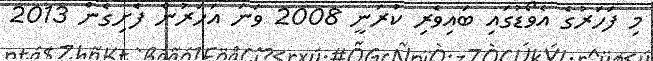
މި ފަހަރުގެ އެވޯޑުގައި ބައިވެރި ކުރަނީ 2008 ވަނަ އަހަރުން ފެށިގެން 2013